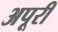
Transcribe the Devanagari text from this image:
अपूरी